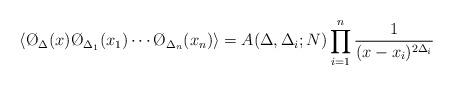
LaTeX: \begin{align*}\langle \O_{\Delta} (x) \O_{\Delta _1}(x_1) \cdots \O_{\Delta _n} (x_n) \rangle = A(\Delta, \Delta _i;N) \prod _{i=1} ^n {1 \over (x-x_i)^{2 \Delta _i}}\end{align*}